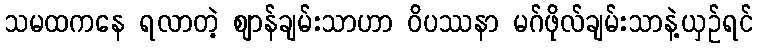
သမထကနေ ရလာတဲ့ ဈာန်ချမ်းသာဟာ ဝိပဿနာ မဂ်ဖိုလ်ချမ်းသာနဲ့ယှဉ်ရင်